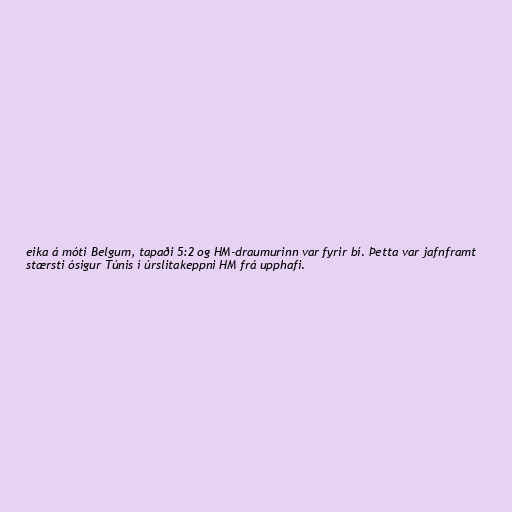
eika á móti Belgum, tapaði 5:2 og HM-draumurinn var fyrir bí. Þetta var jafnframt
stærsti ósigur Túnis í úrslitakeppni HM frá upphafi.